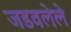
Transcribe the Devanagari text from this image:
जडवलेले